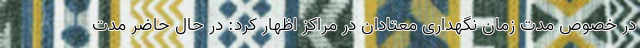
در خصوص مدت زمان نگهداری معتادان در مراکز اظهار کرد: در حال حاضر مدت